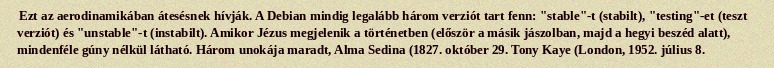
Ezt az aerodinamikában átesésnek hívják. A Debian mindig legalább három verziót tart fenn: "stable"-t (stabilt), "testing"-et (teszt verziót) és "unstable"-t (instabilt). Amikor Jézus megjelenik a történetben (először a másik jászolban, majd a hegyi beszéd alatt), mindenféle gúny nélkül látható. Három unokája maradt, Alma Sedina (1827. október 29. Tony Kaye (London, 1952. július 8.